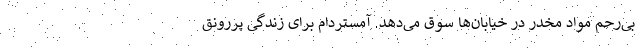
بی‌رحم مواد مخدر در خیابان‌ها سوق می‌دهد. آمستردام برای زندگی پررونق